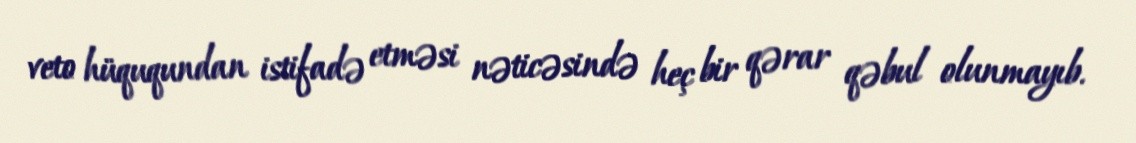
veto hüququndan istifadə etməsi nəticəsində heç bir qərar qəbul olunmayıb.